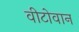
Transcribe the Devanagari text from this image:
वीटोवान